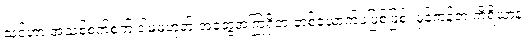
သင်ဟာ အသစ်စက်စက် ဒါမှမဟုတ် အတွေ့အကြုံရှိတဲ့ တစ်ယောက်ပဲဖြစ်ဖြစ်၊ မှန်ကန်တဲ့ ကိရိယာနဲ့